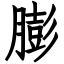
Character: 膨